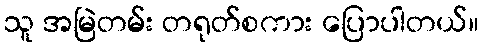
သူ အမြဲတမ်း တရုတ်စကား ပြောပါတယ်။